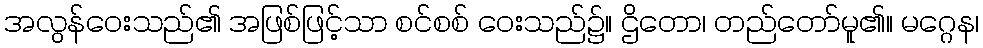
အလွန်ဝေးသည်၏ အဖြစ်ဖြင့်သာ စင်စစ် ဝေးသည်၌။ ဌိတော၊ တည်တော်မူ၏။ မဂ္ဂေန၊